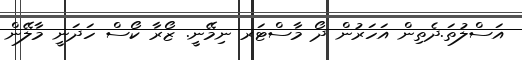
އަސްލުތަ.ދެތިން އަހަރުން ދޯ މާސްޓަރ ނިމޭނީ. ޒޯރާ ކޯސް ހަދަނީ މާލޭން